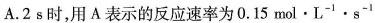
A.2s时，用A表示的反应速率为0.15 \mathrm{~mol} \cdot \mathrm{L}^{-1} \cdot \mathrm{s}^{-1}